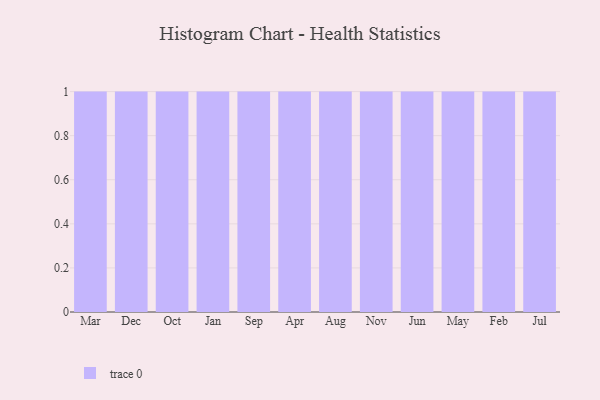
{"axis": {"x": "Month", "y": "Waste Production (Tons)"}, "legend": [""], "data": [{"x": "Mar", "y": 69, "type": ""}, {"x": "Dec", "y": 70, "type": ""}, {"x": "Oct", "y": 86, "type": ""}, {"x": "Jan", "y": 58, "type": ""}, {"x": "Sep", "y": 55, "type": ""}, {"x": "Apr", "y": 30, "type": ""}, {"x": "Aug", "y": 14, "type": ""}, {"x": "Nov", "y": 15, "type": ""}, {"x": "Jun", "y": 14, "type": ""}, {"x": "May", "y": 87, "type": ""}, {"x": "Feb", "y": 63, "type": ""}, {"x": "Jul", "y": 58, "type": ""}]}